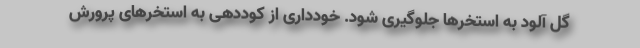
گل آلود به استخرها جلوگیری شود. خودداری از کوددهی به استخرهای پرورش